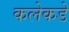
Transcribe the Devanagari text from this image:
कलेकडे